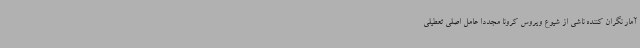
آمار نگران کننده‌ ناشی از شیوع ویروس کرونا مجددا عامل اصلی تعطیلی